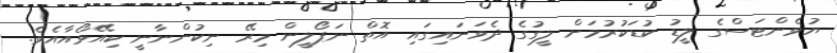
ޔުވެންޓަސްގެ ލީޑު ކުޑަކުރުމަށް ލީގުގެ ދެވަނައިގައި އޮތް ނަޕޯލީން މިރޭ ނިކުންނާނީ ކިއޭވޯއާއެވެ.